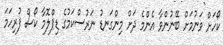
ކޯހަށް ވަނުމަށް ބޭނުންވާ އެންމެ ދަށް މިންގަނޑު ނަރުސްކަމުގެ ޑިޕްލޮމާ ކޯސް ފުރިހަމަ